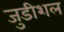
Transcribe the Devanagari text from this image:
जुडीशल